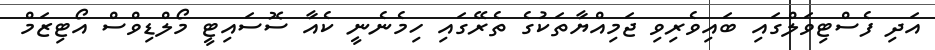
އަދި ފެސްޓިވަލްގައި ބައިވެރިވި ޖަމިއްޔާތަކުގެ ތެރޭގައި ހިމެނެނީ ކެއާ ސޮސައިޓީ މޯލްޑިވްސް އޯޓިޒަމް